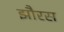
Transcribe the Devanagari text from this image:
झौरस